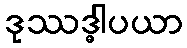
ဒုဿဒ္ဓါပယာ